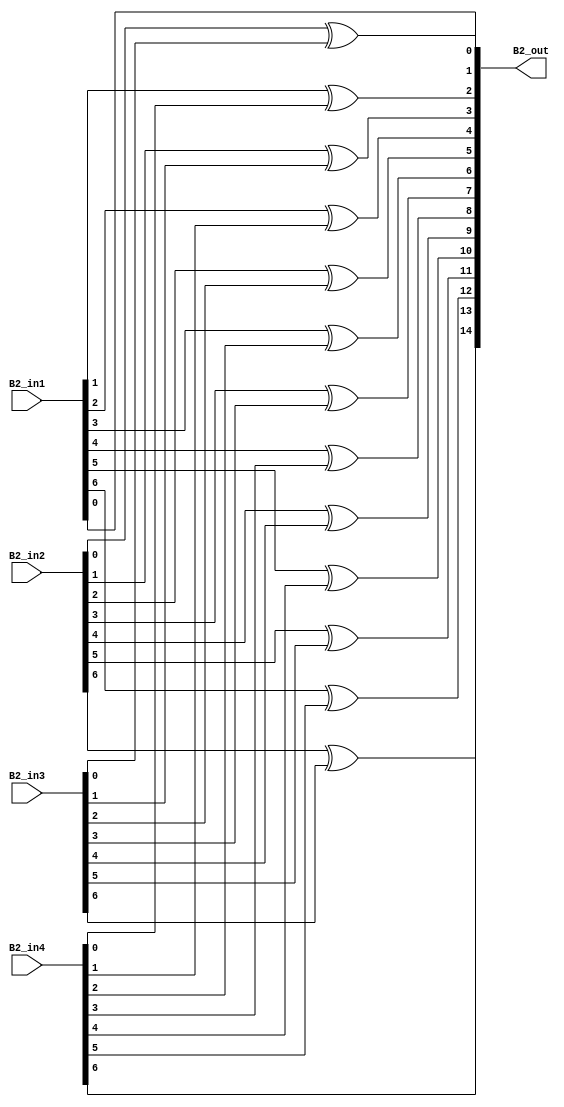
module overlap_module_7bit(
    B2_in1,
    B2_in2,
    B2_in3,
    B2_in4,
    B2_out
    );


parameter n = 8;

input [n-2:0] B2_in1;
input [n-2:0] B2_in2;
input [n-2:0] B2_in3;
input [n-2:0] B2_in4;

output [2*n-2:0] B2_out;

assign B2_out[0] = B2_in1[0];

assign B2_out[2] = B2_in1[1]^B2_in4[0];

assign B2_out[4] = B2_in1[2]^B2_in4[1];

assign B2_out[6] = B2_in1[3]^B2_in4[2];

assign B2_out[1] = B2_in2[0]^B2_in3[0];

assign B2_out[3] = B2_in2[1]^B2_in3[1];

assign B2_out[5] = B2_in2[2]^B2_in3[2];

assign B2_out[7] = B2_in2[3]^B2_in3[3];

assign B2_out[9] = B2_in2[4]^B2_in3[4];

assign B2_out[11] = B2_in2[5]^B2_in3[5];

assign B2_out[13] = B2_in2[6]^B2_in3[6];

assign B2_out[8] = B2_in1[4]^B2_in4[3];

assign B2_out[10] = B2_in1[5]^B2_in4[4];

assign B2_out[12] = B2_in1[6]^B2_in4[5];

assign B2_out[14] = B2_in4[6];

endmodule